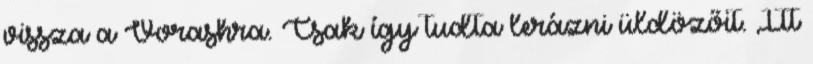
vissza a Vorashra. Csak így tudta lerázni üldözőit. Itt